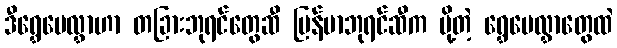
ဒီရွှေပေလွှာဟာ တခြားဘုရင်တွေဆီ မြန်မာဘုရင်ဆီက ပို့တဲ့ ရွှေပေလွှာတွေထဲ